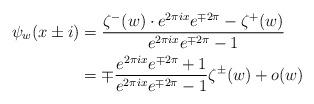
LaTeX: \begin{align*}\psi_w(x\pm i) &= \frac{\zeta^- (w) \cdot e^{2\pi i x} e^{\mp 2 \pi} - \zeta^+ (w)}{e^{2\pi ix} e^{\mp 2\pi} - 1} \\& = \mp\frac{e^{2\pi i x} e^{\mp 2 \pi} +1}{e^{2\pi i x} e^{\mp 2 \pi} - 1}\zeta^\pm(w) + o(w)\\\end{align*}